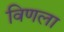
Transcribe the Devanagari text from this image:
विणला